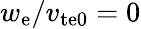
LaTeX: w_{\mathrm{e}}/v_{\mathrm{te0}}=0